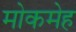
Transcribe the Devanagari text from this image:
मोकमेह